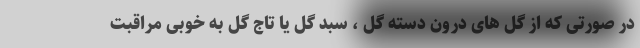
در صورتی که از گل های درون دسته گل ، سبد گل یا تاج گل به خوبی مراقبت